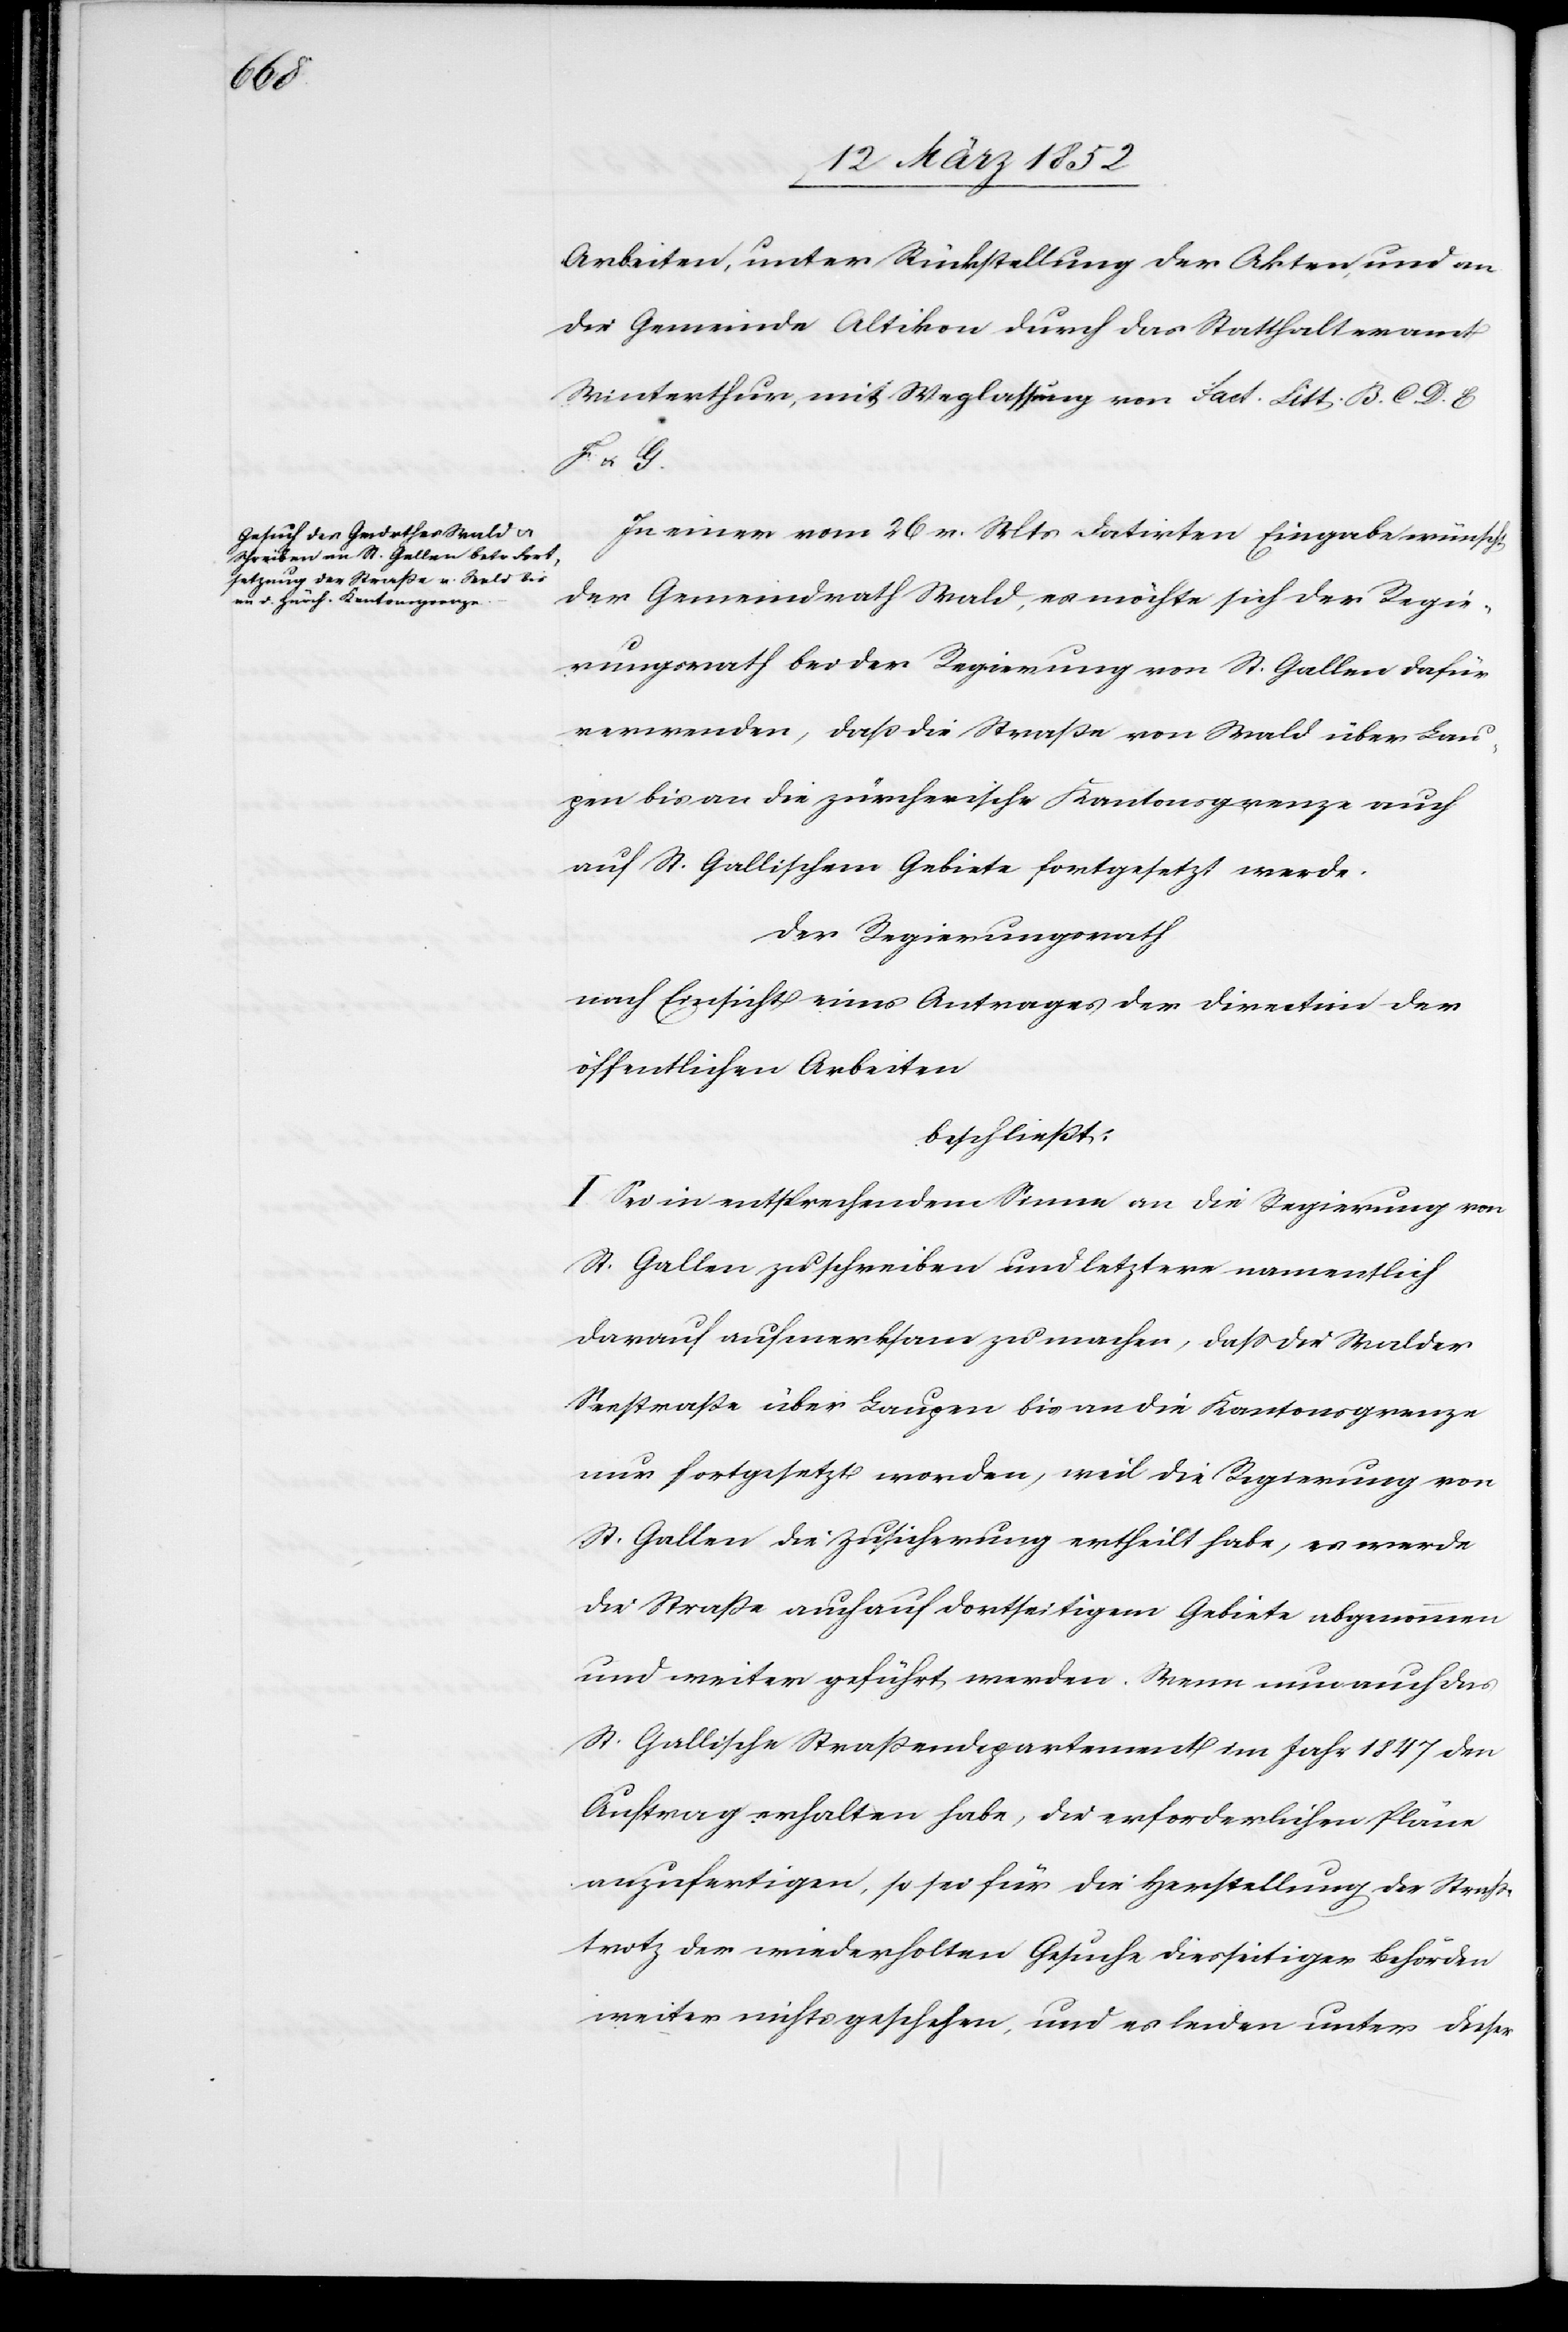
Arbeiten, unter Rückstellung der Akten und an
die Gemeinde Altikon durch das Statthalteramt
Winterthur, mit Weglassung von Fact. Litt. B. C. D. E.
F. u. G.
In einer vom 26 v. Mts datirten Eingabe wünscht
der Gemeindrath Wald, es möchte sich der Regie¬
rungsrath bei der Regierung von St. Gallen dafür
verwenden, daß die Straße von Wald über Lau¬
pen bis an die zürcherische Kantonsgrenze auch
auf St. Gallischem Gebiete fortgesetzt werde.
Der Regierungsrath
nach Einsicht eines Antrages der Direction der
öffentlichen Arbeiten
beschließt:
I. Sei in entsprechendem Sinne an die Regierung von
St. Gallen zu schreiben und letztere namentlich
darauf aufmerksam zu machen, daß die Walder
Seestraße über Laupen bis an die Kantonsgrenze
nur fortgesetzt worden, weil die Regierung von
St. Gallen die Zusicherung ertheilt habe, es werde
die Straße auch auf dortseitigem Gebiete abgenommen
und weiter geführt werden. Wenn nun auch das
St. Gallische Straßendepartement im Jahr 1847 den
Auftrag erhalten habe, die erforderlichen Pläne
anzufertigen, so sei für die Herstellung der Straße
trotz der wiederholten Gesuche diesseitiger Behörden
weiter nichts geschehen, und es leiden unter dieser